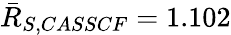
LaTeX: \bar{R}_{S,CASSCF}=1.102